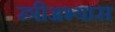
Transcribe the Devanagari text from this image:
स्त्रीअभ्यास